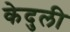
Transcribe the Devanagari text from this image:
केदुली